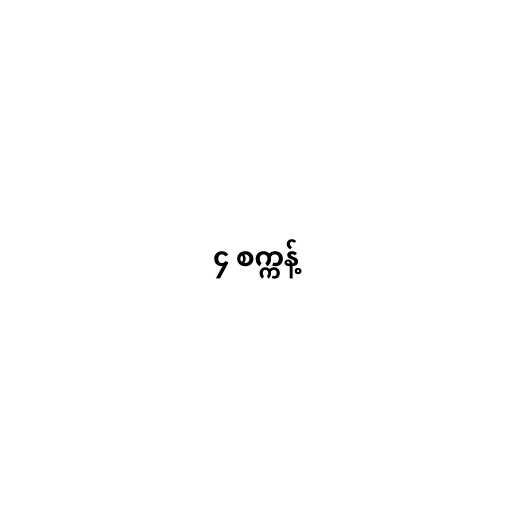
၄ စက္ကန့်